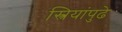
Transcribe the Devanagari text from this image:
स्त्रियांपुढे